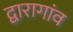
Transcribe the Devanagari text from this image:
द्वारागांव